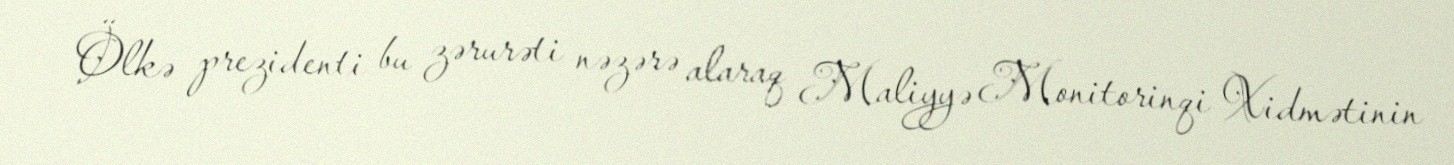
Ölkə prezidenti bu zərurəti nəzərə alaraq Maliyyə Monitorinqi Xidmətinin